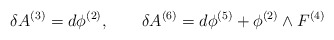
\begin{align*}\delta A^{(3)}=d\phi^{(2)}, \qquad \delta A^{(6)}=d\phi^{(5)}+\phi^{(2)}\wedge F^{(4)}\end{align*}